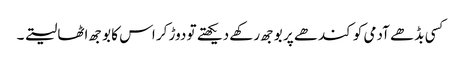
کسی بڈھے آدمی کو کندھے پر بوجھ رکھے دیکھتے تو دوڑ کر اس کا بوجھ اٹھا لیتے ۔